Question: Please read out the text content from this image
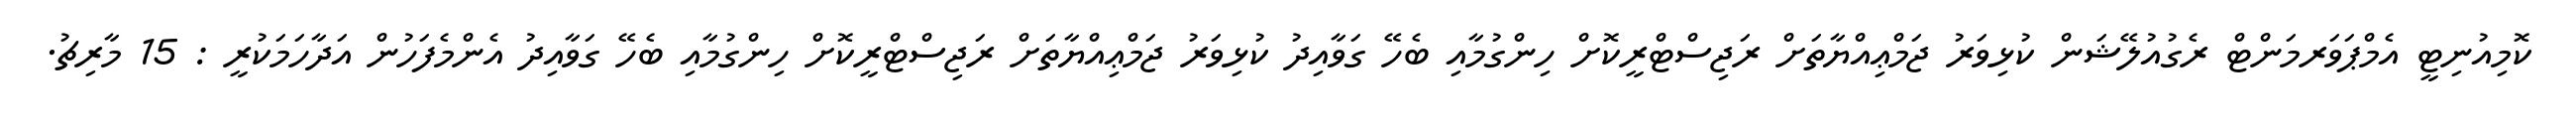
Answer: ކޮމިއުނިޓީ އެމްޕަވަރމަންޓް ރެގުއުލޭޝަން ކުޅިވަރު ޖަމްޢިއްޔާތަށް ރަޖިސްޓްރީކޮށް ހިންގުމާއި ބެހޭ ގަވާއިދު ކުޅިވަރު ޖަމްޢިއްޔާތަށް ރަޖިސްޓްރީކޮށް ހިންގުމާއި ބެހޭ ގަވާއިދު އެންމެފަހުން އަދާހަމަކުރީ : 15 މާރިޗު.